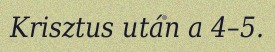
Krisztus után a 4–5.